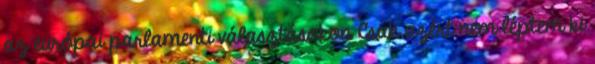
az európai parlamenti választásokon Csak azért nem léptem ki